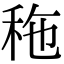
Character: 𥞀